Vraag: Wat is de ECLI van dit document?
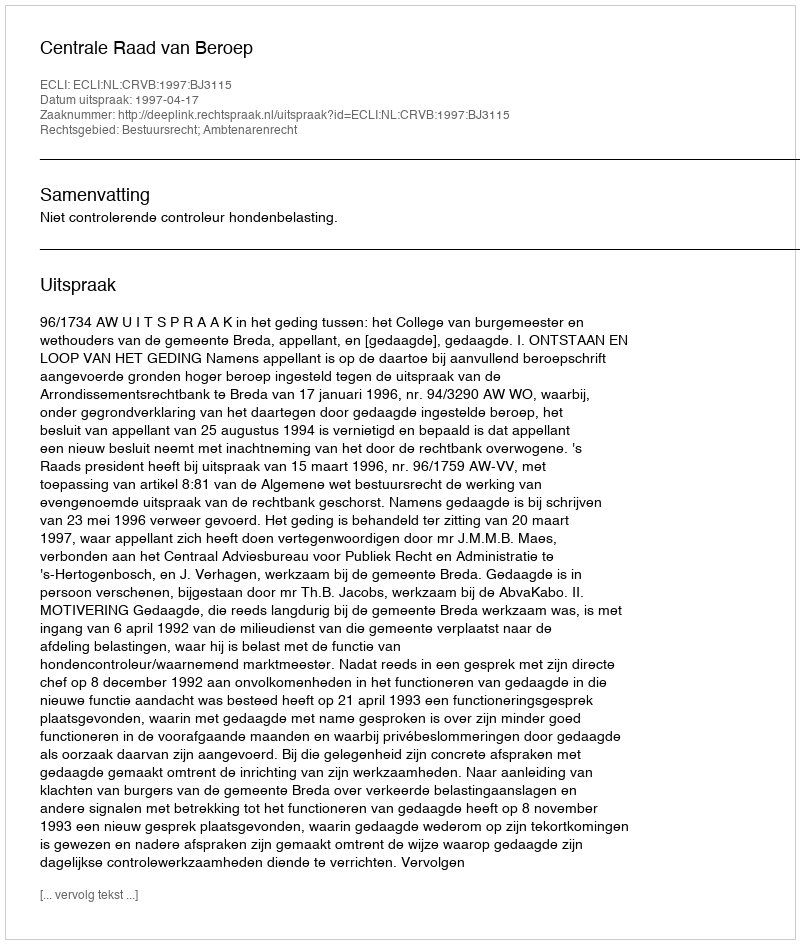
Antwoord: ECLI:NL:CRVB:1997:BJ3115